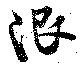
限